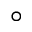
^ \circ